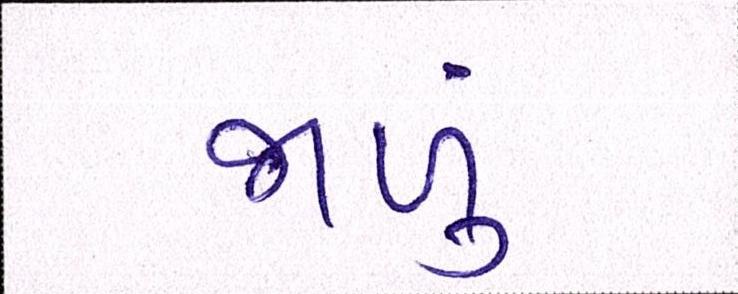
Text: જાળું